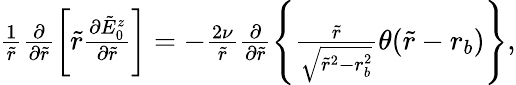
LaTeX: \begin{array}{r}{\frac{1}{\tilde{r}}\frac{\partial}{\partial\tilde{r}}\left[\tilde{r}\frac{\partial\tilde{E}_{0}^{z}}{\partial\tilde{r}}\right]=-\frac{2\nu}{\tilde{r}}\frac{\partial}{\partial\tilde{r}}\left\{ \frac{\tilde{r}}{\sqrt{\tilde{r}^{2}-r_{b}^{2}}}\theta(\tilde{r}-r_{b})\right\} ,}\end{array}